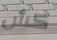
كش